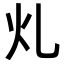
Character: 𭳿